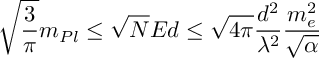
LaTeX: \sqrt { \frac { 3 } { \pi } } m _ { P l } \leq \sqrt { N } E d \leq \sqrt { 4 \pi } \frac { d ^ { 2 } } { \lambda ^ { 2 } } \frac { m _ { e } ^ { 2 } } { \sqrt { \alpha } }